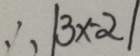
\therefore \vert 3 x - \alpha \vert